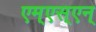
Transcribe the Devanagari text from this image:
एम्‌एस्‌एन्‌